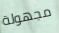
مجهولة